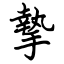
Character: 摯